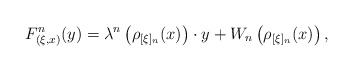
\begin{align*}F ^n _{(\xi, x)} (y) = \lambda ^n \left( \rho _{[\xi] _n} (x) \right) \cdot y + W _n \left( \rho _{[\xi] _n} (x) \right) ,\end{align*}